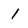
Character: 1